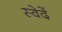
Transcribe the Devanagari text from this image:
स्वेदें